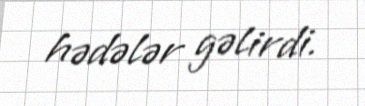
hədələr gəlirdi.